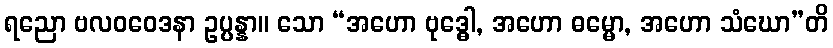
ရညော ဗလဝဝေဒနာ ဥပ္ပန္နာ။ သော “အဟော ဗုဒ္ဓေါ, အဟော ဓမ္မော, အဟော သံဃော”တိ